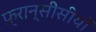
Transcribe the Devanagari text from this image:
फ़्रान्सीसीयों